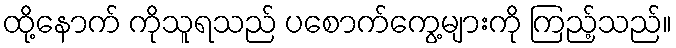
ထို့နောက် ကိုသူရသည် ပစောက်ကွေ့များကို ကြည့်သည်။